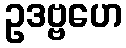
ဥဒဗ္ဗဟေ